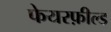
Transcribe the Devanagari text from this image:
फेयरफ़ील्ड